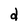
Character: d